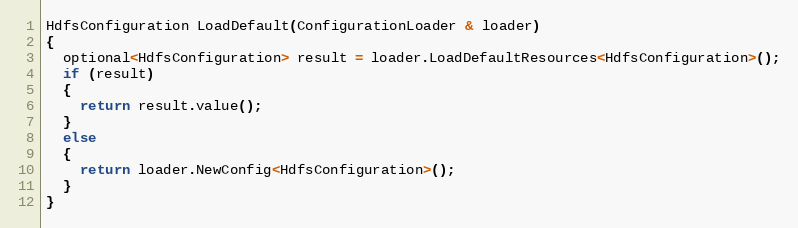
Language: C++
HdfsConfiguration LoadDefault(ConfigurationLoader & loader)
{
  optional<HdfsConfiguration> result = loader.LoadDefaultResources<HdfsConfiguration>();
  if (result)
  {
    return result.value();
  }
  else
  {
    return loader.NewConfig<HdfsConfiguration>();
  }
}